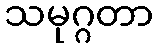
သမုဂ္ဂတာ